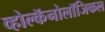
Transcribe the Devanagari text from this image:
व्होल्कॅनोलॉजिकल